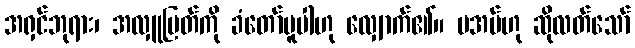
အရှင်ဘုရား၊ အလှူမြတ်ကို ခံတော်မူပါဟု လျှောက်၏။ မအပ်ဟု ဆိုလတ်သော်